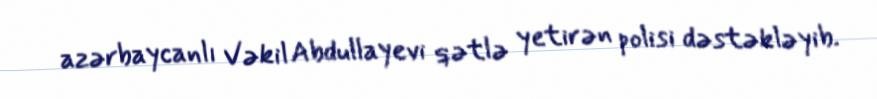
azərbaycanlı Vəkil Abdullayevi qətlə yetirən polisi dəstəkləyib.